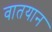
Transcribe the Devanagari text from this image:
वातयान